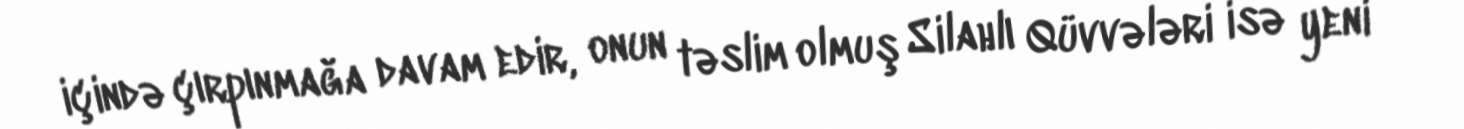
içində çırpınmağa davam edir, onun təslim olmuş Silahlı Qüvvələri isə yeni